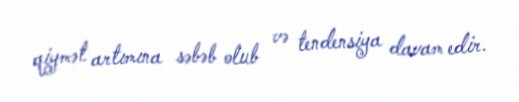
qiymət artımına səbəb olub və tendensiya davam edir.